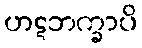
ဟဋဘက္ခာပိ